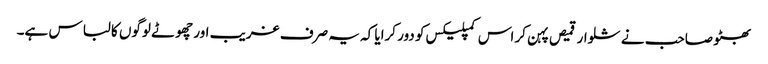
بھٹو صاحب نے شلوار قمیص پہن کر اس کمپلیکس کو دور کرایا کہ یہ صرف غریب اور چھوٹے لوگوں کا لباس ہے۔